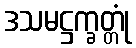
ဒသမဋ္ဌက္ခတ္တုံ